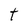
Character: t